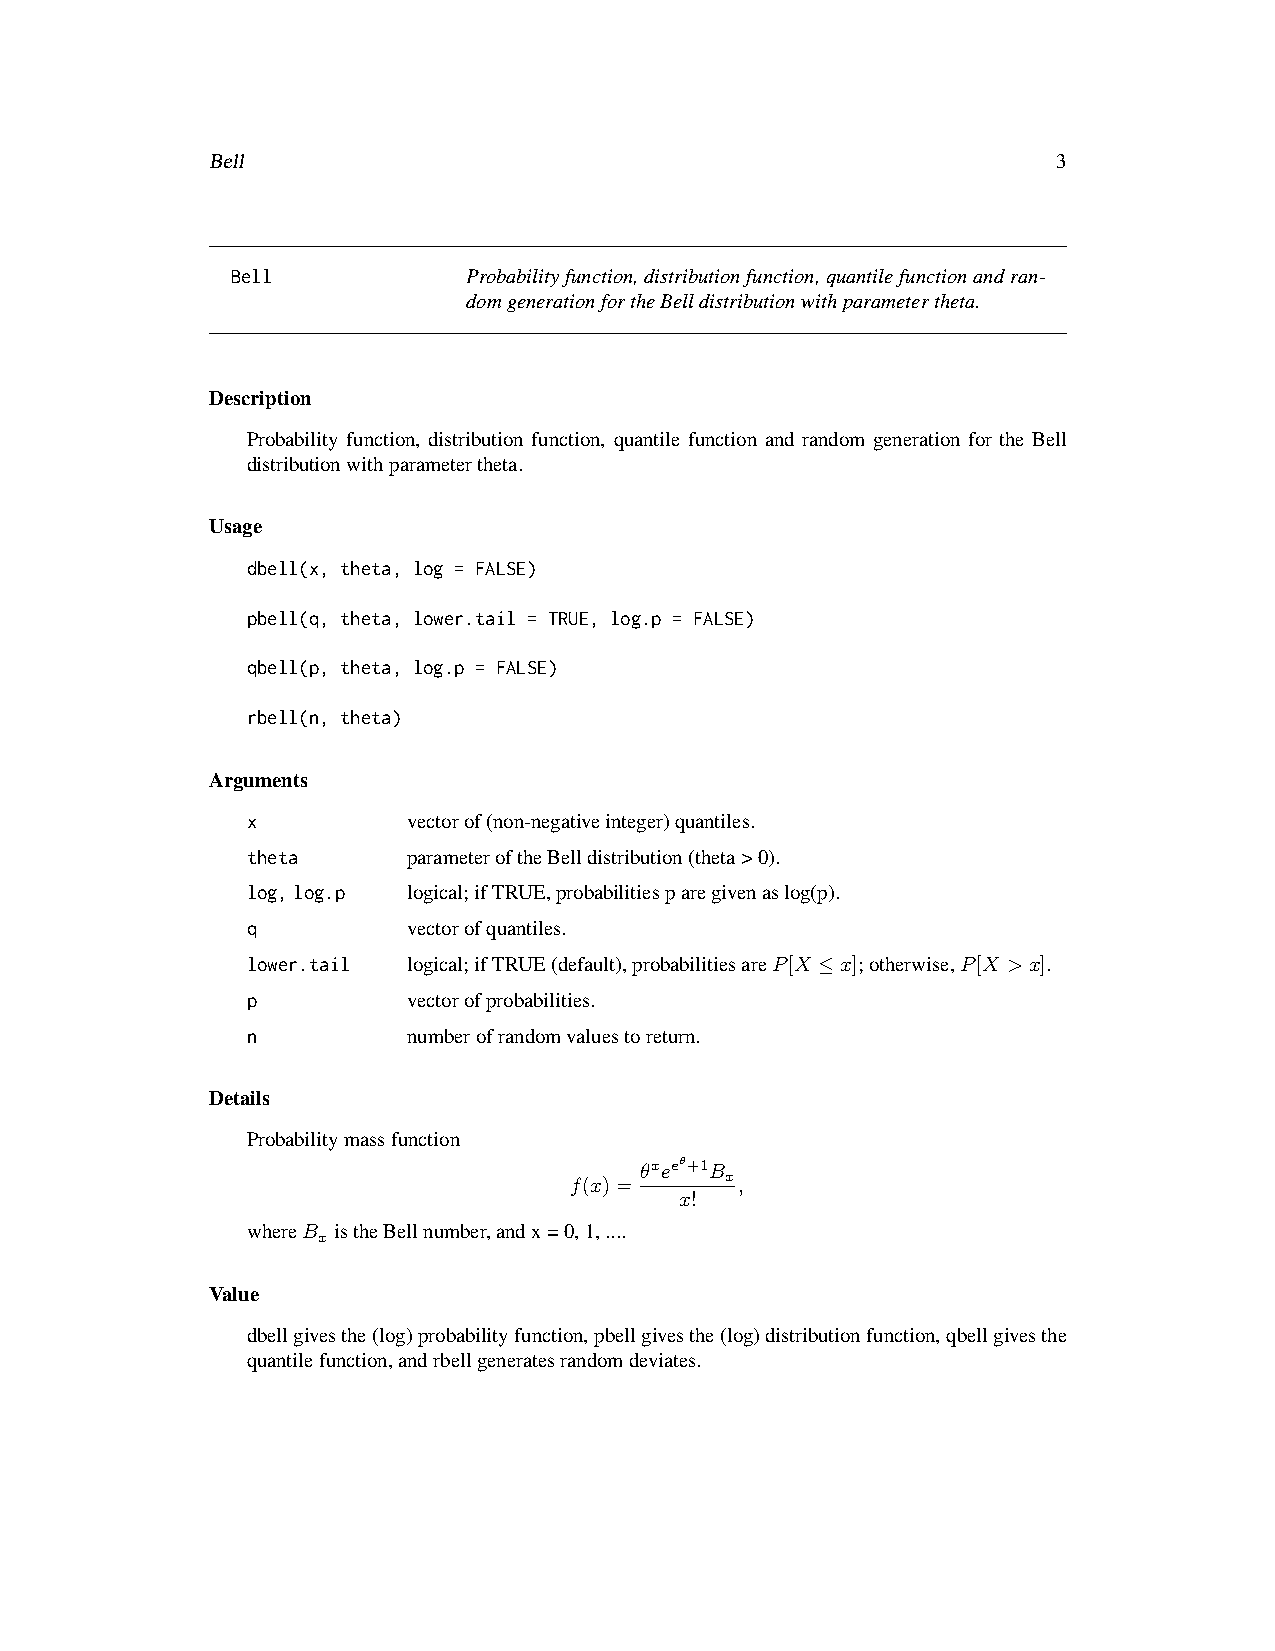
Bell                                                    3
 Bell            Probabilityfunction,distributionfunction,quantilefunctionandran-
 domgenerationfortheBelldistributionwithparametertheta.
 Description
 Probability function, distribution function, quantile function and random generation for the Bell
 distributionwithparametertheta.
 Usage
 dbell(x, theta, log = FALSE)
 pbell(q, theta, lower.tail = TRUE, log.p = FALSE)
 qbell(p, theta, log.p = FALSE)
 rbell(n, theta)
 Arguments
 x          vectorof(non-negativeinteger)quantiles.
 theta      parameteroftheBelldistribution(theta>0).
 log,log.p  logical;ifTRUE,probabilitiesparegivenaslog(p).
 q          vectorofquantiles.
 lower.tail logical;ifTRUE(default),probabilitiesareP[X ≤x];otherwise,P[X >x].
 p          vectorofprobabilities.
 n          numberofrandomvaluestoreturn.
 Details
 Probabilitymassfunction
 θxeeθ+1B
 f(x)=     x,
 x!
 whereB istheBellnumber,andx=0,1,....
 x
 Value
 dbellgivesthe(log)probabilityfunction,pbellgivesthe(log)distributionfunction,qbellgivesthe
 quantilefunction,andrbellgeneratesrandomdeviates.